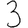
Digit: 3